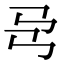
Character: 𢎙